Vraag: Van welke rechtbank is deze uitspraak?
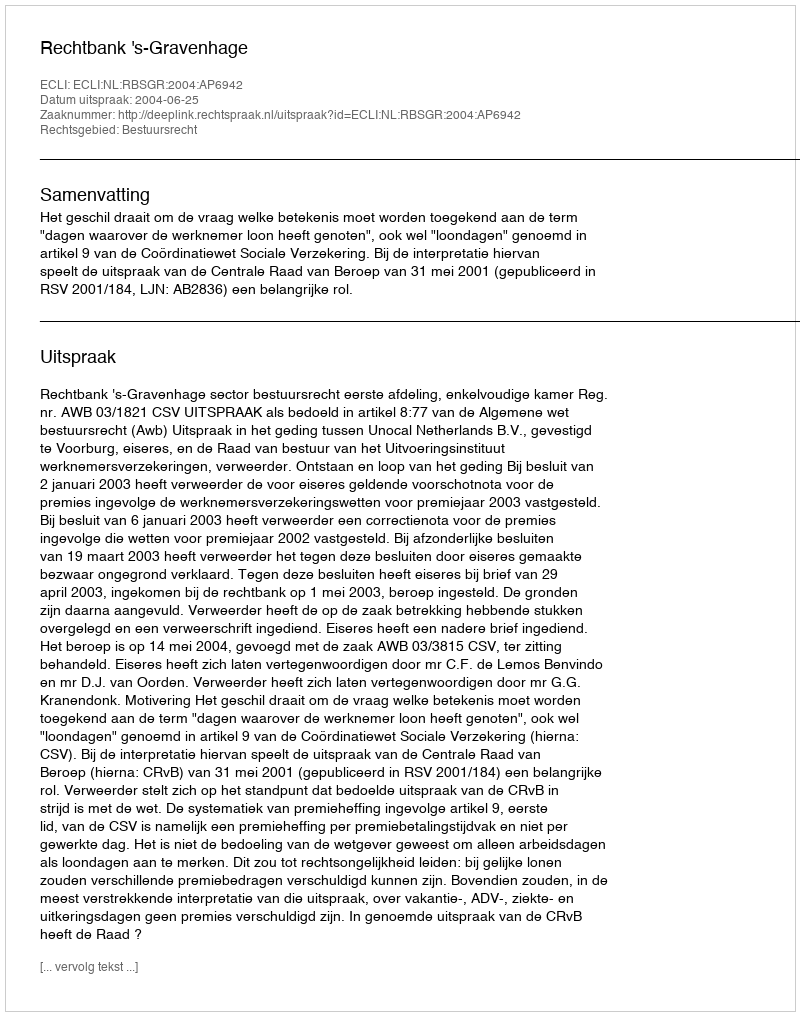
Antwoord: Rechtbank 's-Gravenhage